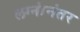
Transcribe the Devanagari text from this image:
लग्नांनंतर